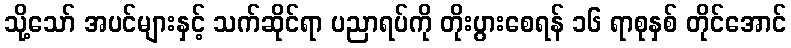
သို့သော် အပင်များနှင့် သက်ဆိုင်ရာ ပညာရပ်ကို တိုးပွားစေရန် ၁၆ ရာစုနှစ် တိုင်အောင်